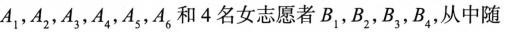
A_{1}，A_{2}，A_{3}，A_{4}，A_{5}，A_{6}和4名女志愿者B_{1}，B_{2}，B_{3}，B_{4}，从中随